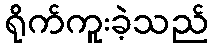
ရိုက်ကူးခဲ့သည်